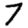
Digit: 7